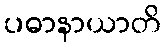
ပဓာနာယာတိ